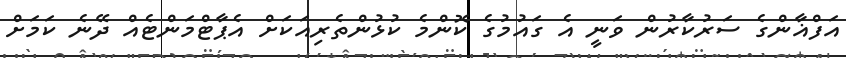
އަފްޣާންގެ ސަރުކާރުން ވަނީ އެ ގައުމުގެ ކޮންމެ ކުޅުންތެރިއަކަށް އެޕާޓްމަންޓެއް ދޭނެ ކަމަށް